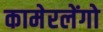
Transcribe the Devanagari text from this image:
कामेरलेंगो